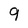
Character: 9